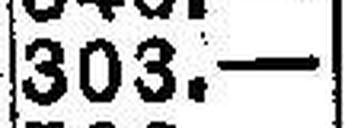
303.—